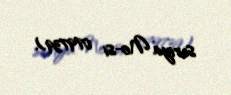
seriya №-si 079739).